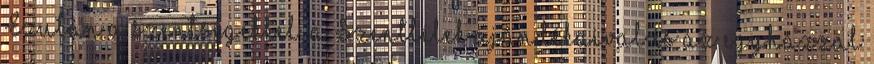
Ezután a szentségekkel, a Szentlélek ajándékaival és az egyházzal